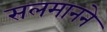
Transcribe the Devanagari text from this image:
सलमानने